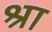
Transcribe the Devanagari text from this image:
श्रा